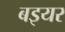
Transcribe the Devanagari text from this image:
बइयर